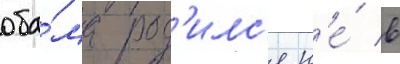
оба́ма род'илс'я н'е́ в